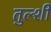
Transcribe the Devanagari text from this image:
तुल्शी